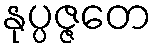
နုပ္ပဇ္ဇတေ